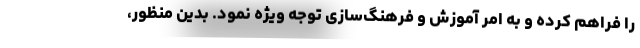
را فراهم کرده و به امر آموزش و فرهنگ‌سازی توجه ویژه نمود. بدین منظور،